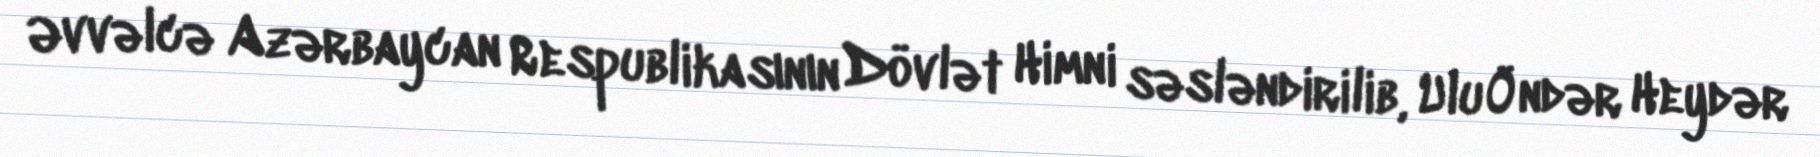
Əvvəlcə Azərbaycan Respublikasının Dövlət Himni səsləndirilib, Ulu Öndər Heydər